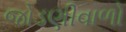
જોડણીવાળો